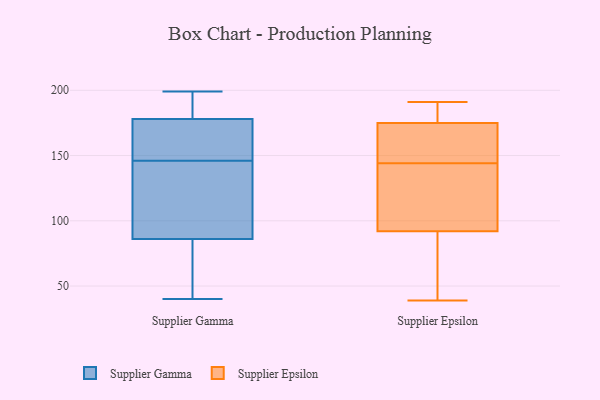
{"axis": {"x": "Page Views", "y": "Value"}, "legend": ["Supplier Epsilon", "Supplier Gamma"], "data": [{"x": "", "y": 86, "type": "Supplier Gamma"}, {"x": "", "y": 199, "type": "Supplier Gamma"}, {"x": "", "y": 40, "type": "Supplier Gamma"}, {"x": "", "y": 178, "type": "Supplier Gamma"}, {"x": "", "y": 198, "type": "Supplier Gamma"}, {"x": "", "y": 86, "type": "Supplier Gamma"}, {"x": "", "y": 143, "type": "Supplier Gamma"}, {"x": "", "y": 41, "type": "Supplier Gamma"}, {"x": "", "y": 149, "type": "Supplier Gamma"}, {"x": "", "y": 155, "type": "Supplier Gamma"}, {"x": "", "y": 181, "type": "Supplier Epsilon"}, {"x": "", "y": 92, "type": "Supplier Epsilon"}, {"x": "", "y": 184, "type": "Supplier Epsilon"}, {"x": "", "y": 190, "type": "Supplier Epsilon"}, {"x": "", "y": 191, "type": "Supplier Epsilon"}, {"x": "", "y": 108, "type": "Supplier Epsilon"}, {"x": "", "y": 175, "type": "Supplier Epsilon"}, {"x": "", "y": 147, "type": "Supplier Epsilon"}, {"x": "", "y": 73, "type": "Supplier Epsilon"}, {"x": "", "y": 154, "type": "Supplier Epsilon"}, {"x": "", "y": 85, "type": "Supplier Epsilon"}, {"x": "", "y": 141, "type": "Supplier Epsilon"}, {"x": "", "y": 90, "type": "Supplier Epsilon"}, {"x": "", "y": 104, "type": "Supplier Epsilon"}, {"x": "", "y": 118, "type": "Supplier Epsilon"}, {"x": "", "y": 162, "type": "Supplier Epsilon"}, {"x": "", "y": 39, "type": "Supplier Epsilon"}, {"x": "", "y": 168, "type": "Supplier Epsilon"}]}